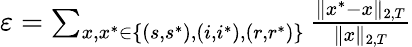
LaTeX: \begin{array}{r}{\varepsilon=\sum_{x,x^{*}\in\{ (s,s^{*}),(i,i^{*}),(r,r^{*})\} }{\frac{\Vert x^{*}-x\Vert_{2,T}}{\Vert x\Vert_{2,T}}}}\end{array}